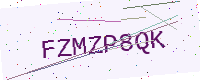
Text: FZMZP8QK